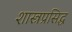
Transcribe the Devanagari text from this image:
शास्त्रप्रसिद्ध